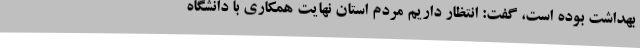
بهداشت بوده است، گفت: انتظار داریم مردم استان نهایت همکاری با دانشگاه